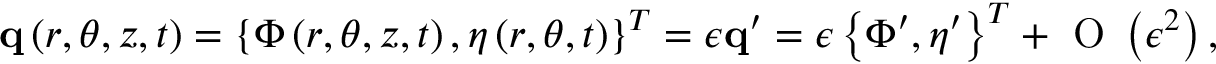
\mathbf { q } \left( r , \theta , z , t \right) = \left\{ \Phi \left( r , \theta , z , t \right) , \eta \left( r , \theta , t \right) \right\} ^ { T } = \epsilon \mathbf { q } ^ { \prime } = \epsilon \left\{ \Phi ^ { \prime } , \eta ^ { \prime } \right\} ^ { T } + \mathrm { ~ O ~ } \left( \epsilon ^ { 2 } \right) ,